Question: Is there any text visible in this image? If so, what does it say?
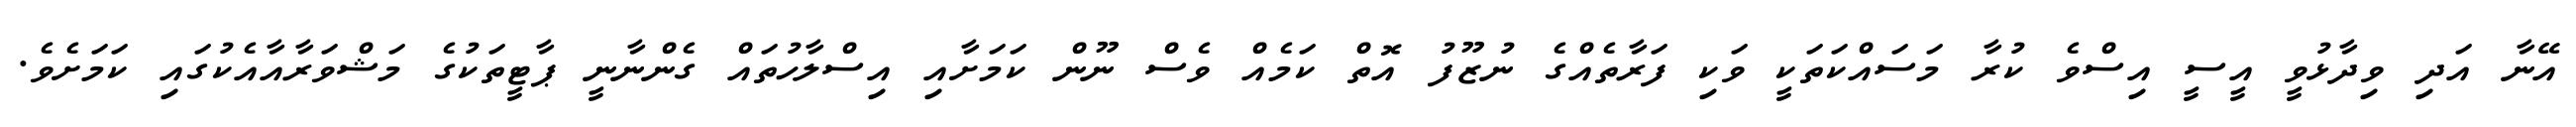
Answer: އޭނާ އަދި ވިދާޅުވީ އީސީ އިސްވެ ކުރާ މަސައްކަތަކީ ވަކި ފަރާތެއްގެ ނުޒޫފު އޮތް ކަމެއް ވެސް ނޫން ކަމަށާއި އިސްލާހުތައް ގެންނާނީ ޕާޓީތަކުގެ މަޝްވަރާއާއެކުގައި ކަމަށެވެ.